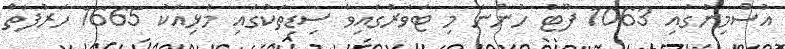
އުސްމިނުގައި 1063 ފޫޓު ހުންނަ މި ޓަވަރުގައިވާ ސިޑިތަކުގައި މުޅިއަކު 1665 ހަރުފަތް